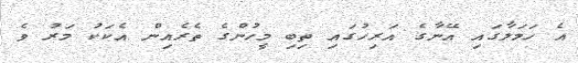
އެ ހަމަލާގައި އޭނާގެ އަރިހުގައި ތިބި މީހުންގެ ތެރެއިން އެކަކު މަރު ވެ